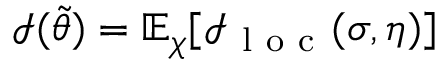
\mathcal { I } ( \Tilde { \theta } ) = \mathbb { E } _ { \chi } [ \mathcal { I } _ { \mathrm { ~ l ~ o ~ c ~ } } ( \sigma , \eta ) ]